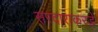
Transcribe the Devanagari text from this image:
सरदाराकरडे